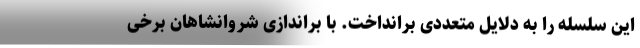
این سلسله را به دلایل متعددی برانداخت. با براندازی شروانشاهان برخی